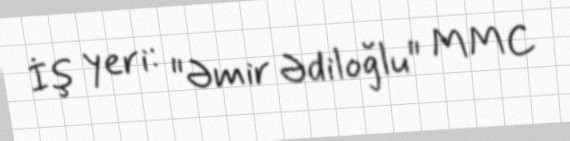
İş yeri: "Əmir Ədiloğlu" MMC